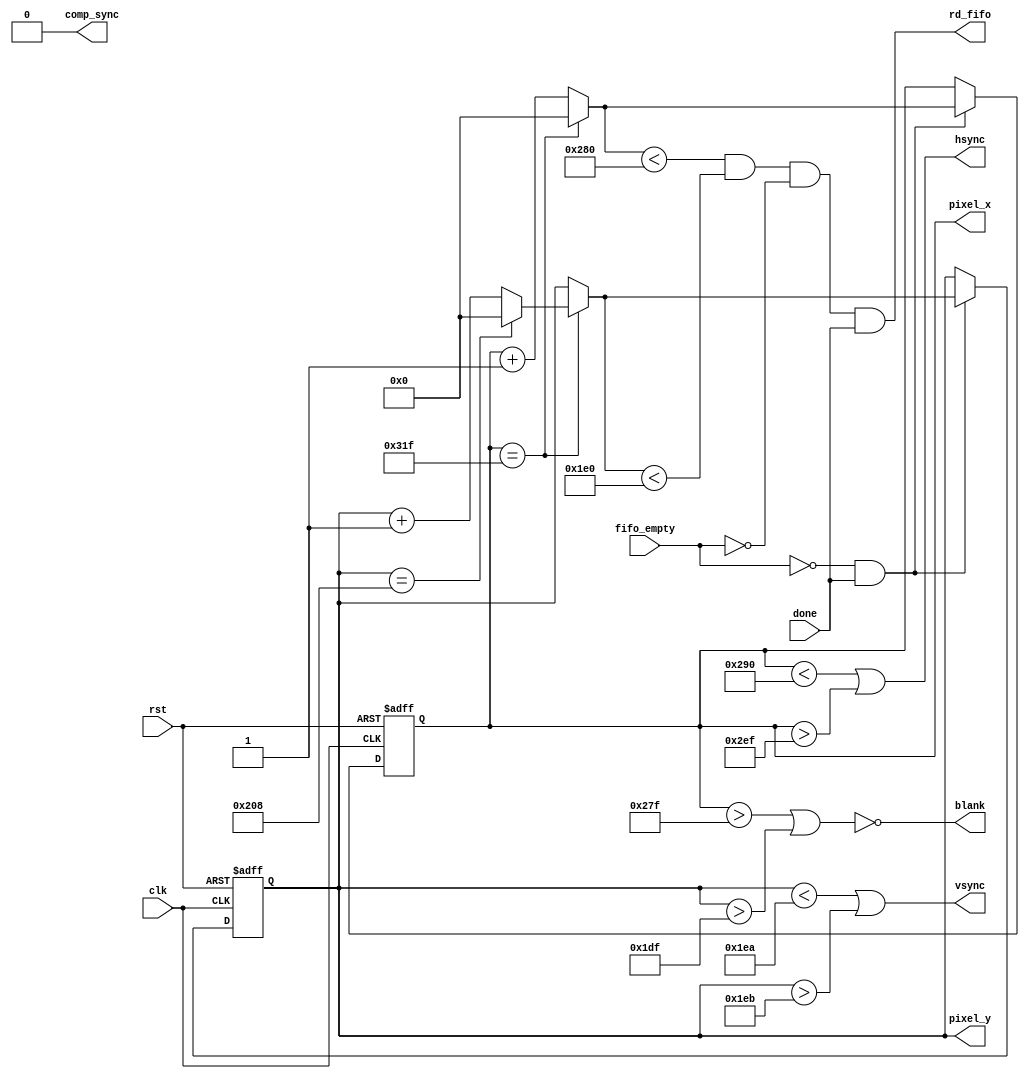
`timescale 1ns / 1ps
//////////////////////////////////////////////////////////////////////////////////
// Company: 
// Engineer: 
// 
// Design Name: 
// Module Name:    vga_logic 
// Project Name: 
// Target Devices: 
// Tool versions: 
// Description: 
//
// Dependencies: 
//
// Revision: 
// Revision 0.01 - File Created
// Additional Comments: 
//
//////////////////////////////////////////////////////////////////////////////////
module vga_logic(clk, rst, blank, comp_sync, hsync, vsync, pixel_x, pixel_y, rd_fifo, fifo_empty, done);
    input clk;
    input rst;
	 input fifo_empty;
	 input done;
	 output blank;
	 output rd_fifo;
	 output comp_sync;
    output hsync;
    output vsync;
    output [9:0] pixel_x;
    output [9:0] pixel_y;
	 
	 reg [9:0] pixel_x;
	 reg [9:0] pixel_y;
	 
	 // pixel_count logic
	 wire [9:0] next_pixel_x;
	 wire [9:0] next_pixel_y;
	 assign next_pixel_x = (pixel_x == 10'd799)? 0 : pixel_x+1;
	 assign next_pixel_y = (pixel_x == 10'd799)?
	                             ((pixel_y == 10'd520) ? 0 : pixel_y+1)
										  : pixel_y;
	 
	 always@(posedge clk, posedge rst)
	   if(rst) begin
		  pixel_x <= 10'h0;
		  pixel_y <= 10'h0;
		end 
		else 
		begin
			if((!fifo_empty)&&(done))
			begin
				pixel_x <= next_pixel_x;
				pixel_y <= next_pixel_y;
			end
			else
			begin
				pixel_x <= pixel_x;
				pixel_y <= pixel_y;
			end
		end
		
		assign hsync = (pixel_x < 10'd656) || (pixel_x > 10'd751); // 96 cycle pulse
		assign vsync = (pixel_y < 10'd490) || (pixel_y > 10'd491); // 2 cycle pulse
		assign blank = ~((pixel_x > 10'd639) | (pixel_y > 10'd479));
	//	assign rd_fifo = blank;
	   // Read FIFO is enabled one clock cycle after blank is set. The simple way to do this is
		// using next_pixel_x and next_pixel_y values. Also, do not read from FIFO when it is empty.
		assign rd_fifo = ((next_pixel_x < 10'd640) && (next_pixel_y < 10'd480) && ~fifo_empty && done);
	//	assign rd_fifo = ~(((pixel_x < 10'd799) & (pixel_x > 10'd638)) | ((pixel_y < 10'd520) & (pixel_y > 10'd478)));
		assign comp_sync = 1'b0; // don't know, dont use
	 
endmodule